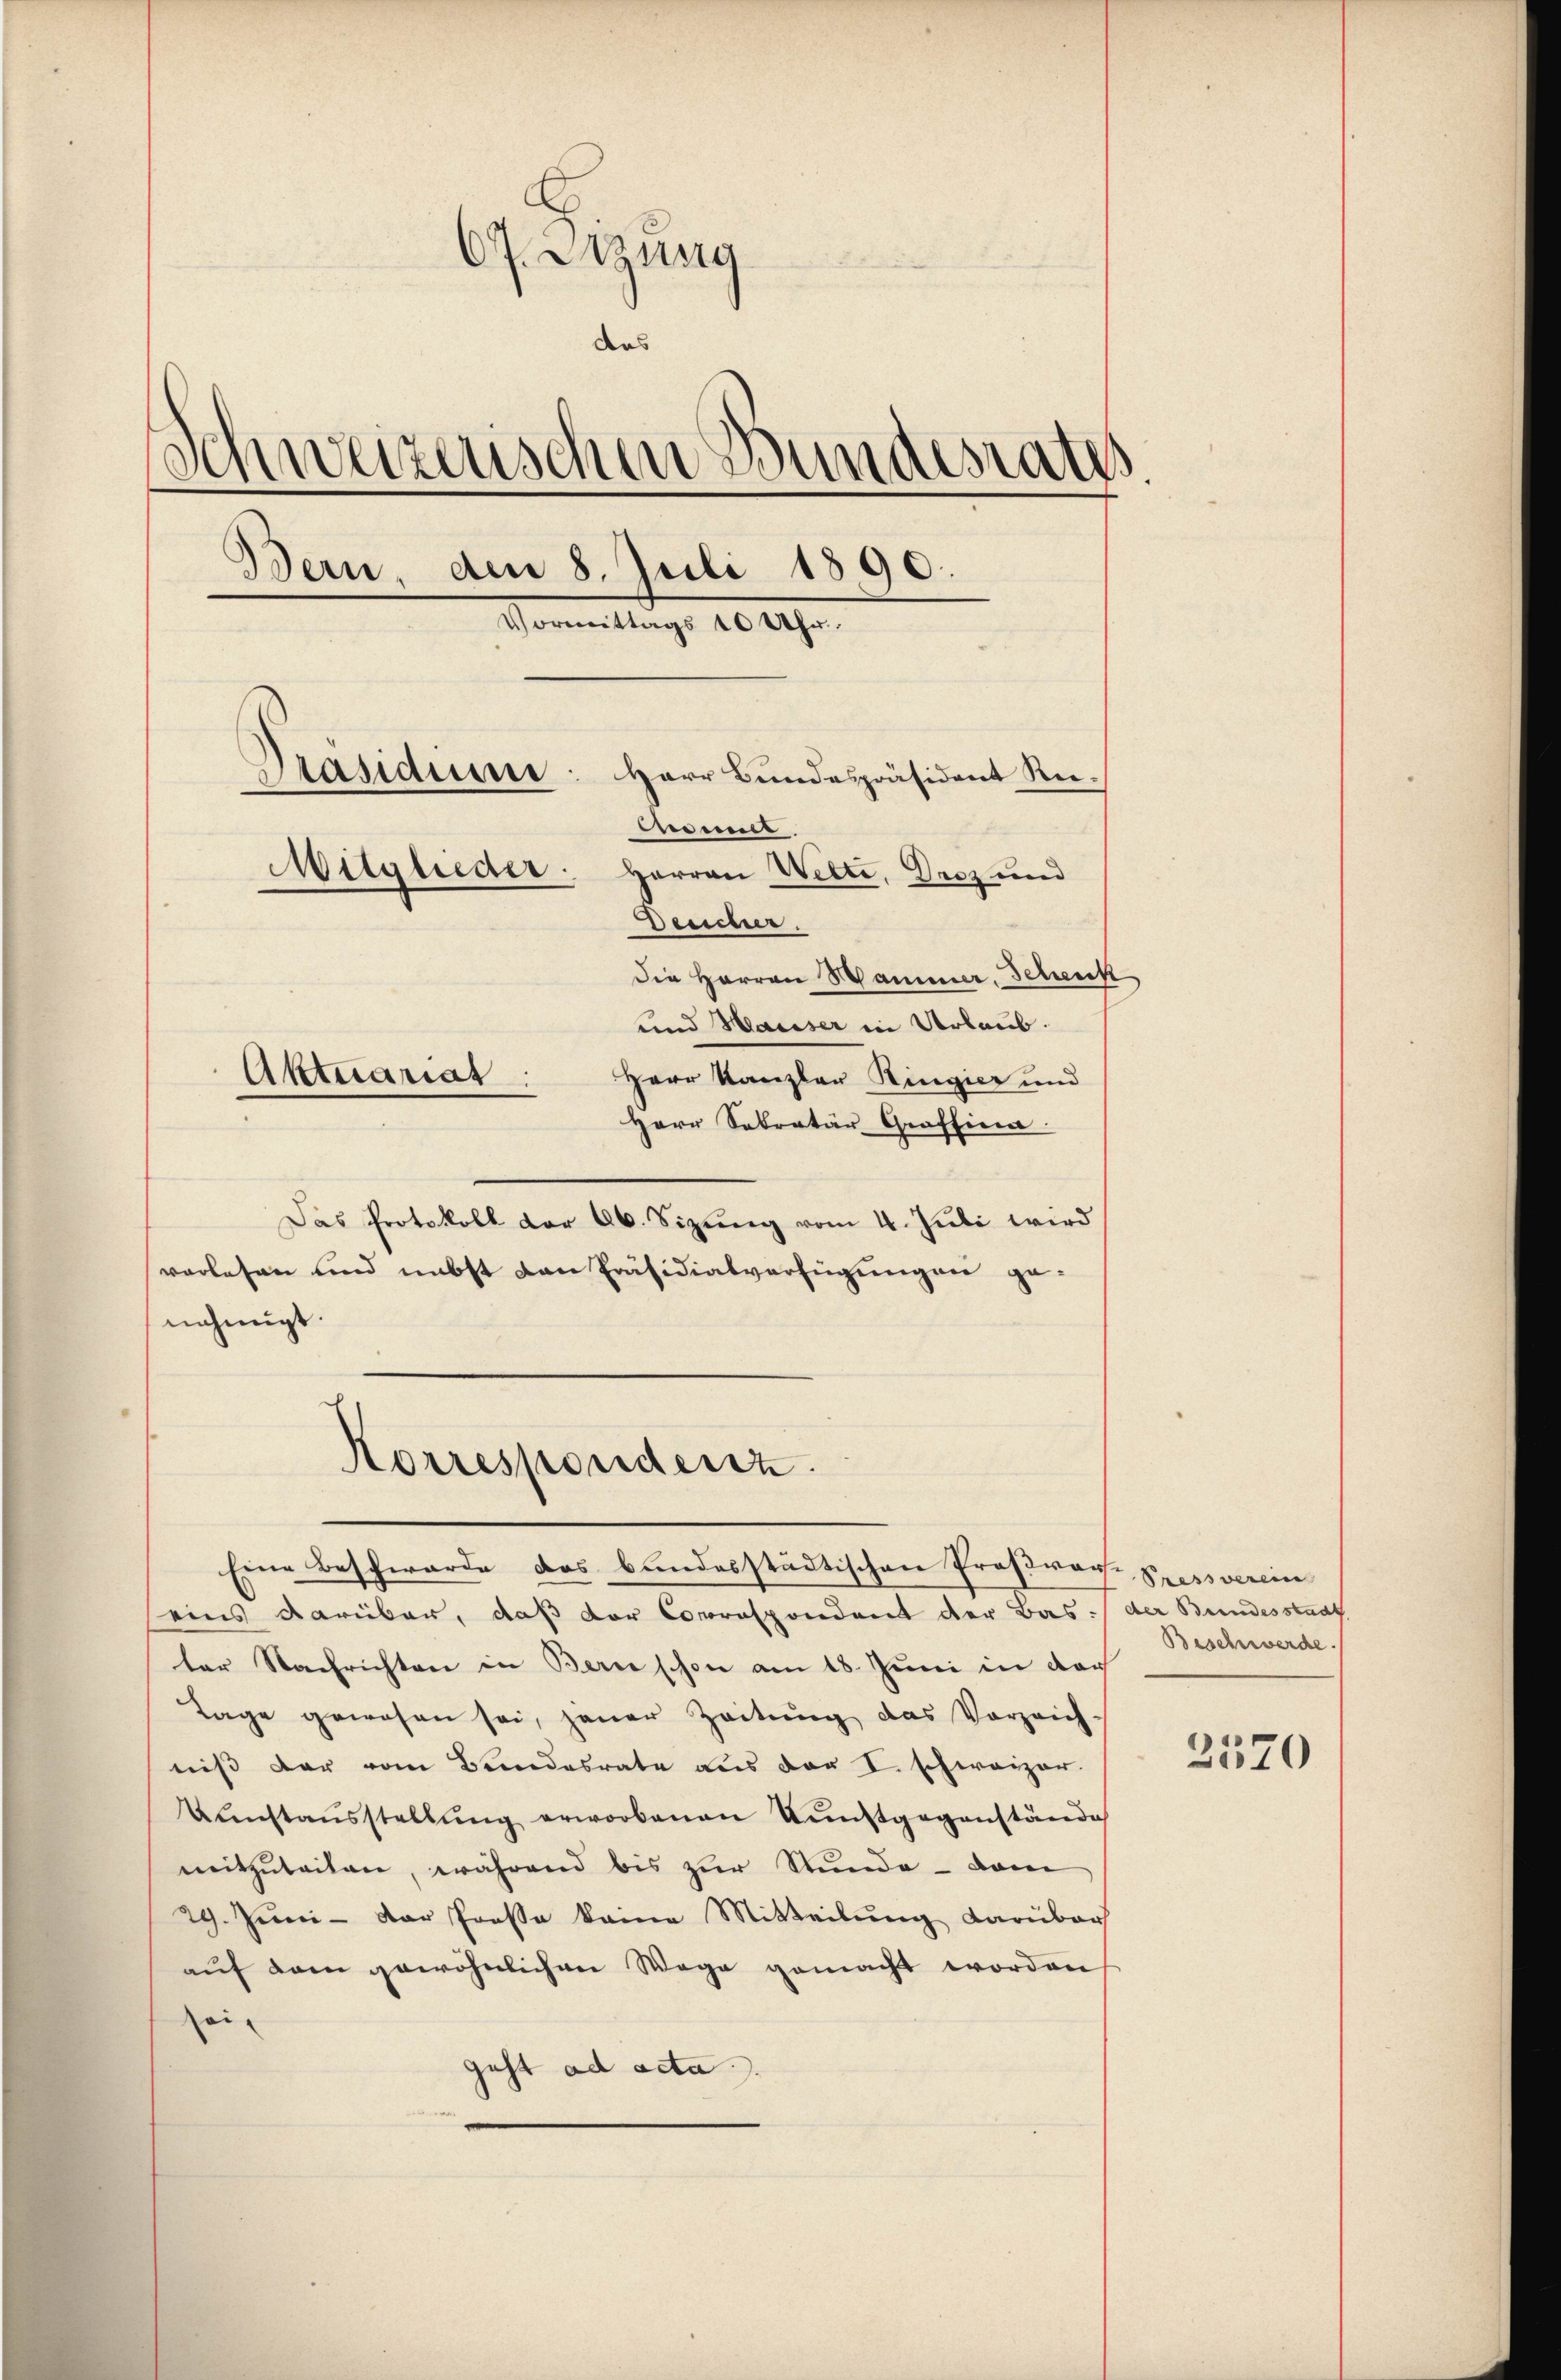
67. Sitzung
das
Schweizerischen Bundesrath.
Dern, den 8. Juli 1890.
Vormittags 10 Uhr.
Präsidiuni: Herr Bundespräsident Rie¬
Monnt
Mitglieder: Herren Wette, Droz und
Deucher.
dDie Herren Mammer, Schenk
und Mariser in Urlaub.
Herr Kanzler Ringier und
Aktuariat:
Herr Sekretär Graffina

Das Protokoll der ab. Sizung vom 4. Juli wird
vorlesen und nebst den Präsidialverfügungen genehmigt.
eins darüber, daß der Correspondent der Bas: der Bundesstadt
ter Nachrichten in Bern schon am 18. Juni in der
Tage gewesen sei, jener Zeitung das Vorzeich
niß der vom Bandesrate aus der I. schweizer.
Uŭnstaŭsstellŭng erworbenen Kunstgegenstände
mitzuteilen, während bis zur Stunde - dann
29. Juni - Der Prose keine Mitteilung darüber
auf dem gewöhnlichen Wege gemacht worden
seijust ad acta.

Korresponderiz
Eine Beschwerde das bundesstädtischen Proßwach Pressverein

Beschwerde

2570